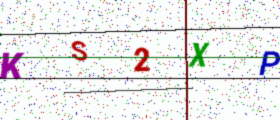
Text: KS2XP